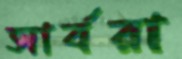
সার্বরা